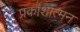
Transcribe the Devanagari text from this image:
प्रकाशात्मन